Physiological action of certain drugs in tablet form - Number 52A
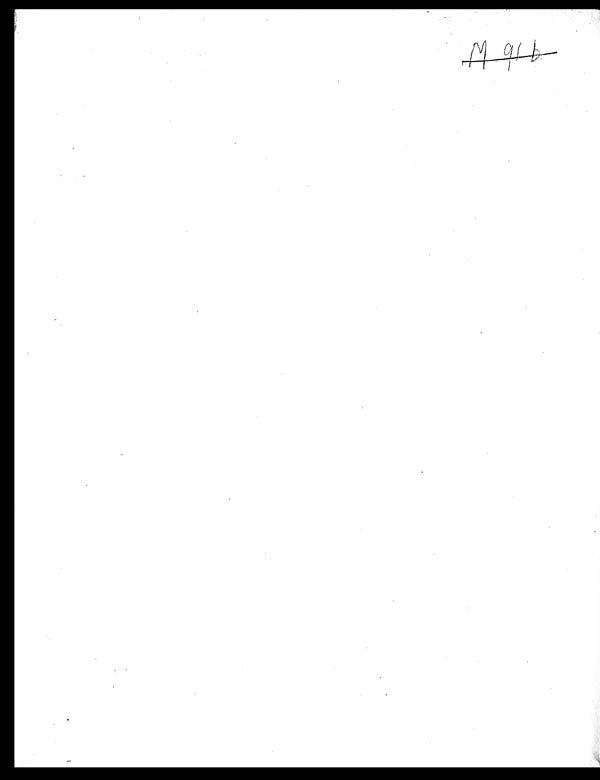
M 91 b